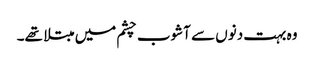
وہ بہت دنوں سے آشوب چشم میں مبتلا تھے۔